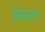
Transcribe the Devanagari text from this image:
पंकज।